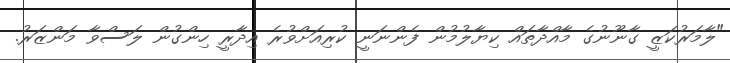
"ލާމަރުކަޒީ ގާނޫނުގެ މާއްދާތައް ކިޔާލުމުން ފެންނަނީ ކުރިއަށްވުރެ އިދާރީ ހިންގުން ލަސްވާ މަންޒަރު.